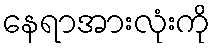
နေရာအားလုံးကို